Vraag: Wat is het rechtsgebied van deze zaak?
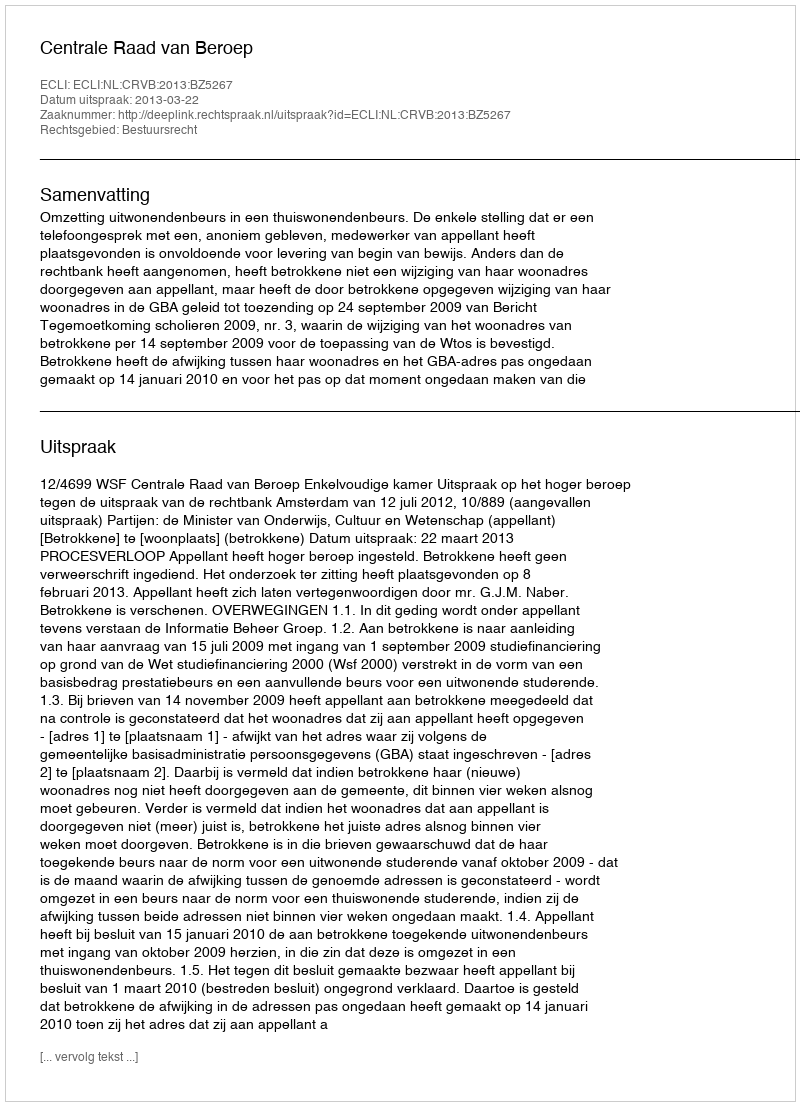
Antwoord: Bestuursrecht